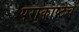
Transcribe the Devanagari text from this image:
पराकाष्ठेचें